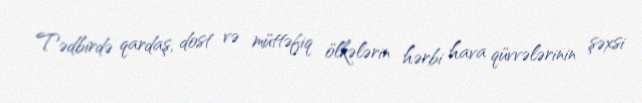
Tədbirdə qardaş, dost və müttəfiq ölkələrin hərbi hava qüvvələrinin şəxsi